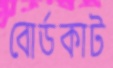
বোর্ডকাট